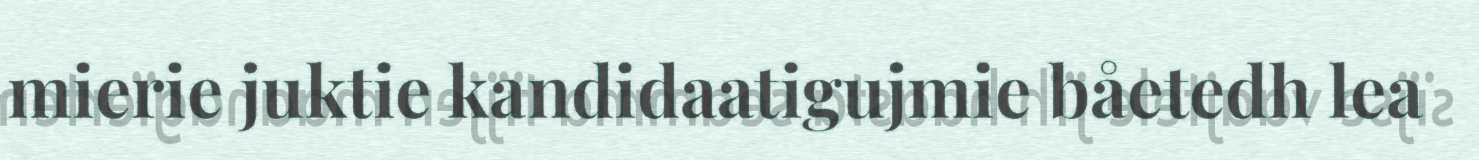
mierie juktie kandidaatigujmie båetedh lea